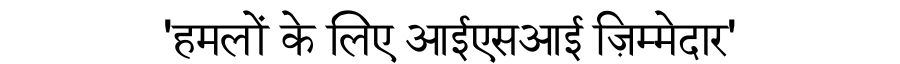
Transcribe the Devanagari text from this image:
'हमलों के लिए आईएसआई ज़िम्मेदार'